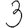
Digit: 3